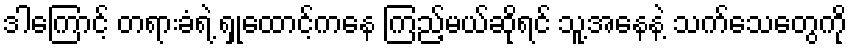
ဒါကြောင့် တရားခံရဲ့ ရှုထောင့်ကနေ ကြည့်မယ်ဆိုရင် သူ့အနေနဲ့ သက်သေတွေကို